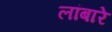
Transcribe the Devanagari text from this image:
लांबारे